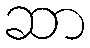
ဆာ